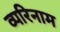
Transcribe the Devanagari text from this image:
व्परिनाम